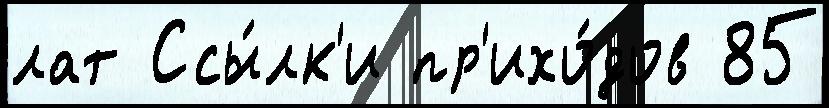
лат Ссы́лк'и пр'ихо́дов 85